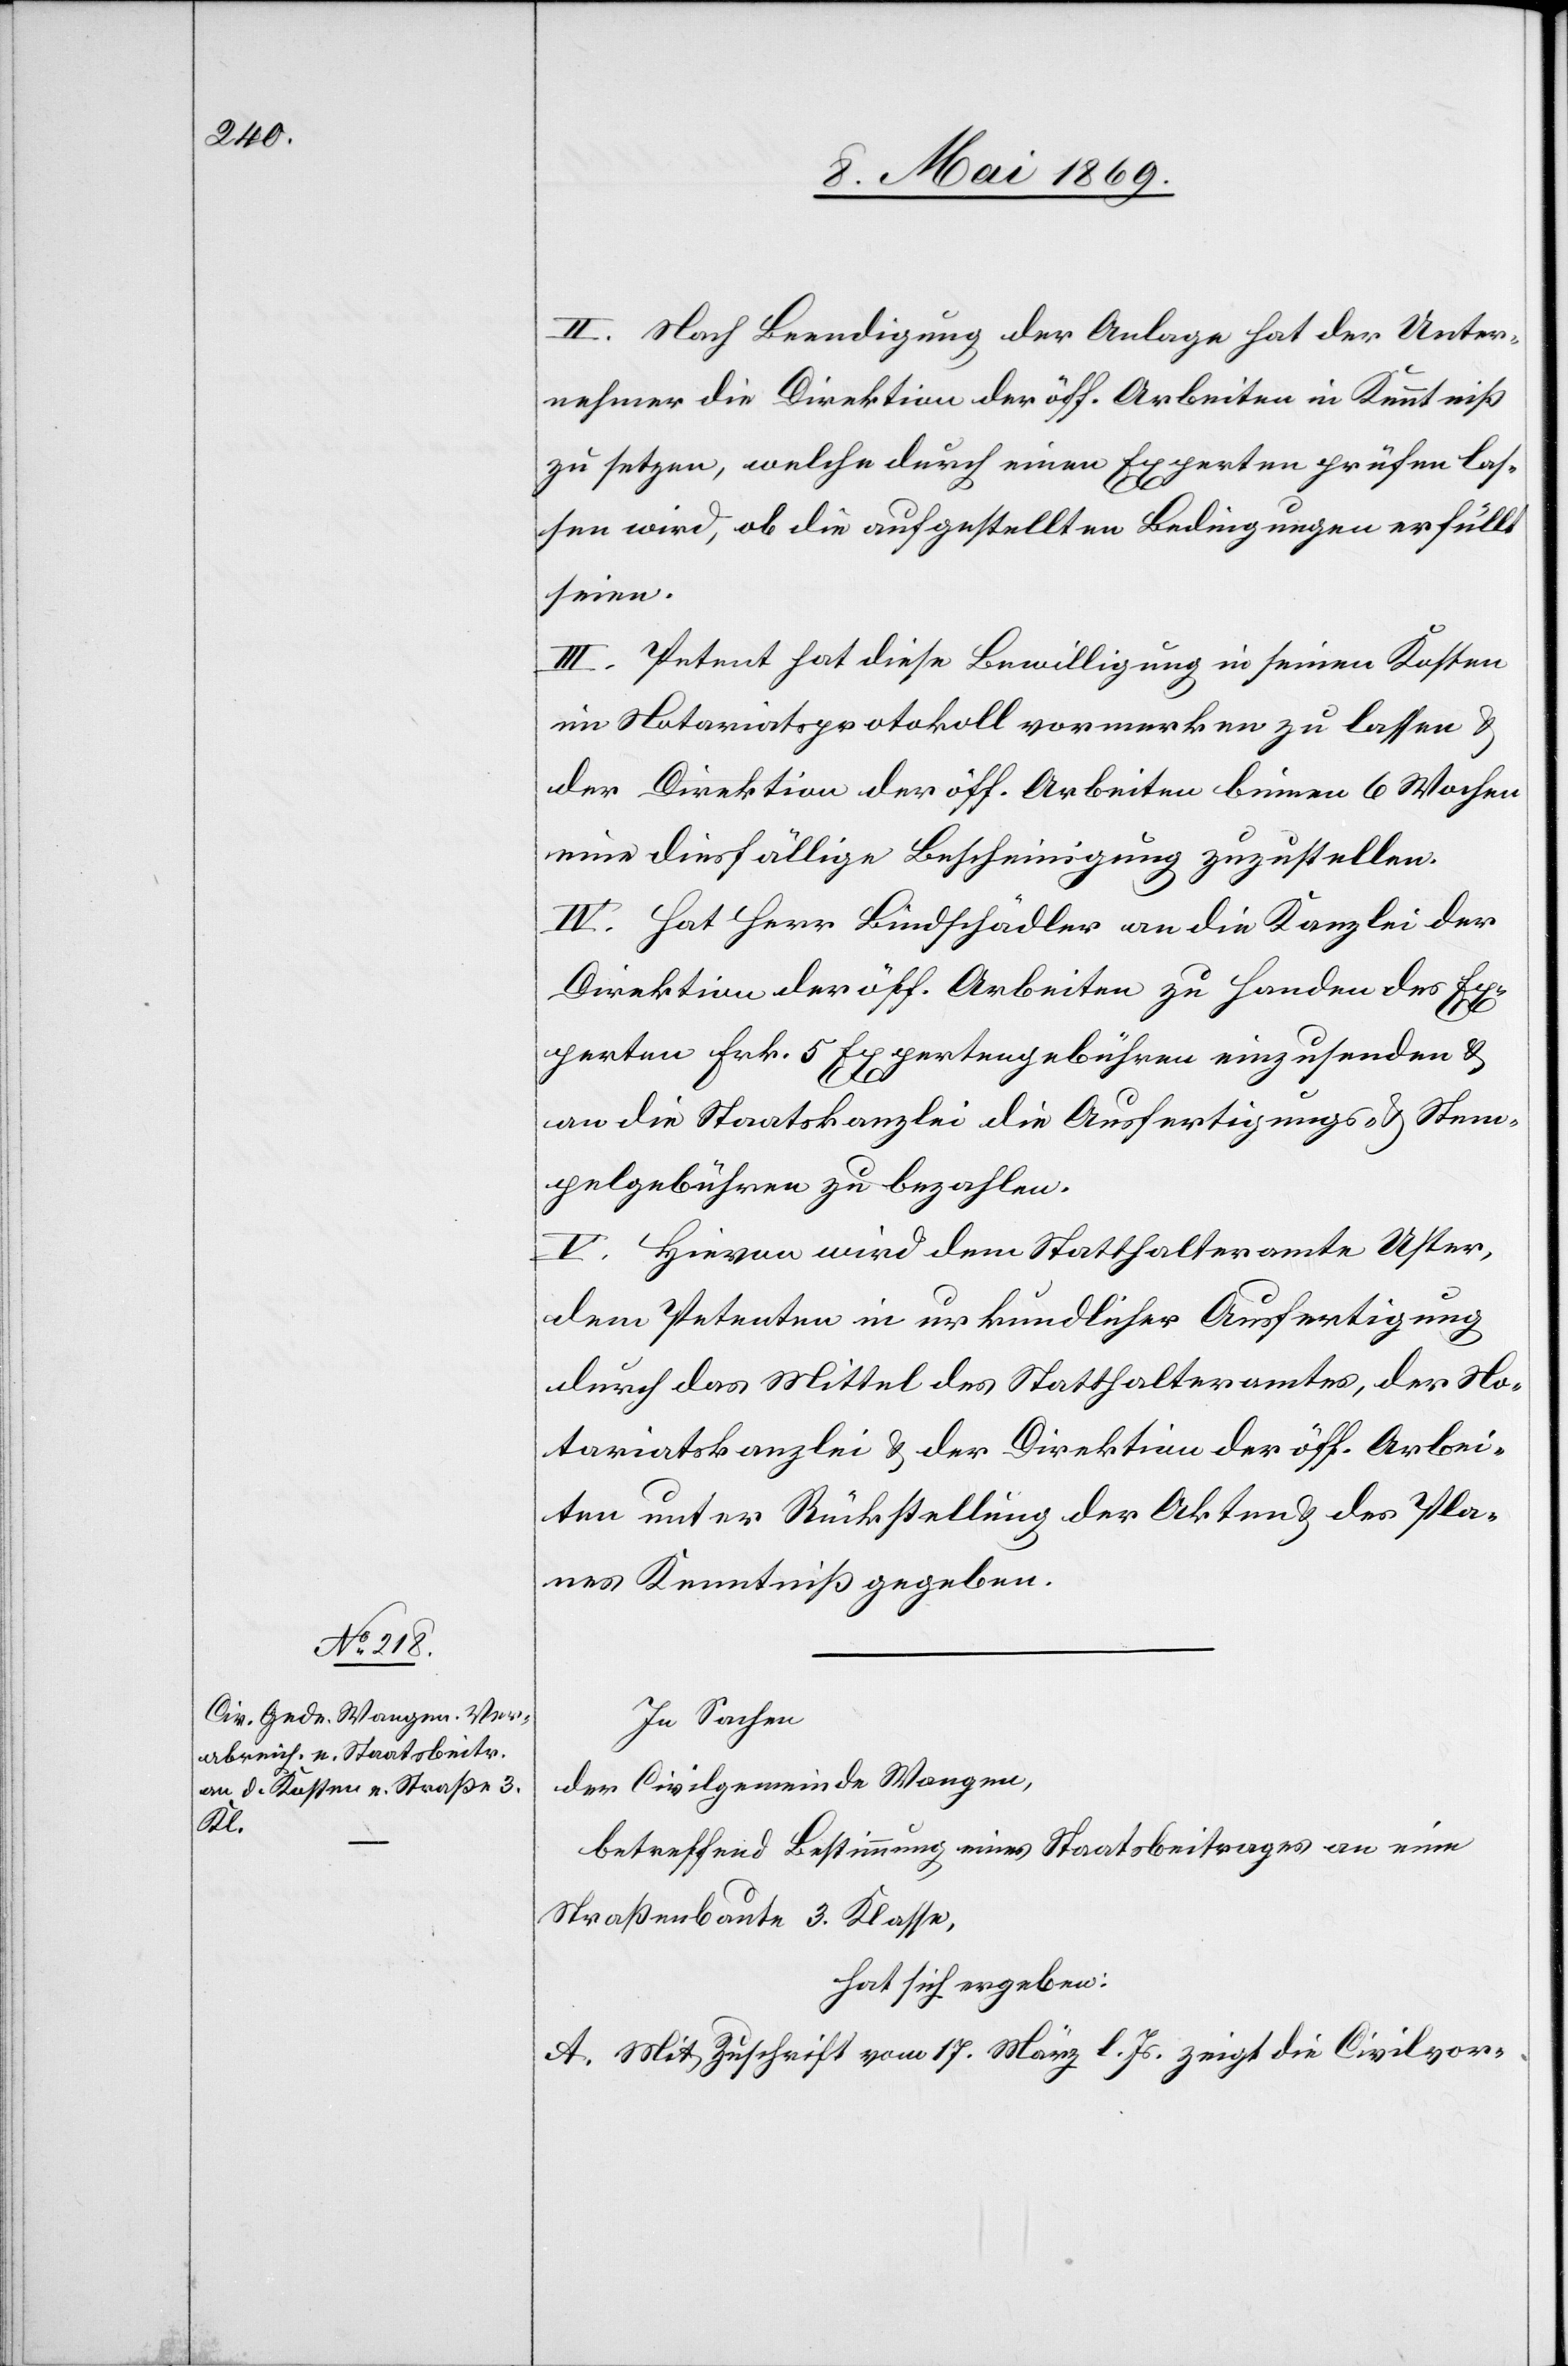
II. Nach Beendigung der Anlage hat der Unter¬
nehmer die Direktion der öff. Arbeiten in Kenntniß
zu setzen, welche durch einen Experten prüfen las¬
sen wird, ob die aufgestellten Bedingungen erfüllt
seien.
III. Petent hat diese Bewilligung in seinen Kosten
im Notariatsprotokoll vormerken zu lassen, u.
der Direktion der öff. Arbeiten binnen 6 Wochen
eine diesfällige Bescheinigung zuzustellen.
IV. Hat Herr Bindschädler an die Kanzlei der
Direktion der öff. Arbeiten zu Handen des Ex¬
perten Frk. 5 Expertengebühren einzusenden u.
an die Staatskanzlei die Ausfertigungs- u. Stem¬
pelgebühren zu bezahlen.
V. Hievon wird dem Statthalteramte Uster,
dem Petenten in urkundlicher Ausfertigung
durch das Mittel des Statthalteramtes, der No¬
tariatskanzlei u. der Direktion der öff. Arbei¬
ten unter Rückstellung der Akten u. des Pla¬
nes Kenntniß gegeben.
In Sachen
der Civilgemeinde Wangen,
betreffend Bestimmung eines Staatsbeitrages an eine
Straßenbaute 3 Klasse,
hat sich ergeben:
A. Mit Zuschrift vom 17. März d. Js. zeigt die Civilvor-